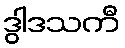
ဒွါဒသကီ